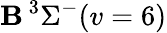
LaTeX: \mathbf{B}\, {}^{3}\Sigma^{-}(v=6)